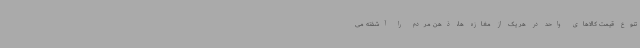
تنوع قیمت کالاهای واحد در هر یک از مغازه ها، ذهن مردم را آشفته می